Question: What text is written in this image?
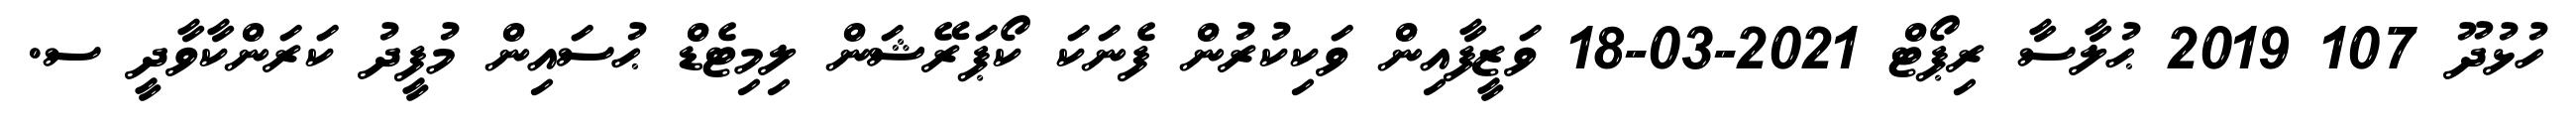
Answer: ހުޅުދޫ 107 2019 ޙުލާސާ ރިޕޯޓް 2021-03-18 ވަޒީފާއިން ވަކިކުރުން ފެނަކަ ކޯޕަރޭޝަން ލިމިޓެޑް ޙުސައިން މުފީދު ކަރަންކާވާދީ ސ.